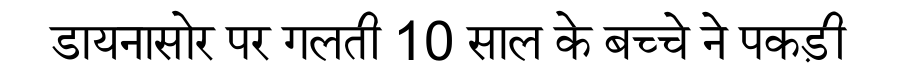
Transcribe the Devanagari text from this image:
डायनासोर पर गलती 10 साल के बच्चे ने पकड़ी